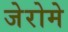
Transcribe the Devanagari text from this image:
जेरोमे